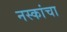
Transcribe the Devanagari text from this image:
नस्कांचा